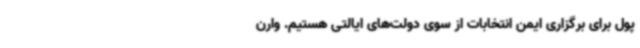
پول برای برگزاری ایمن انتخابات از سوی دولت‌های ایالتی هستیم. وارن